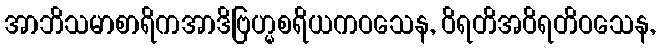
အာဘိသမာစာရိကအာဒိဗြဟ္မစရိယကဝသေန, ဝိရတိအဝိရတိဝသေန,